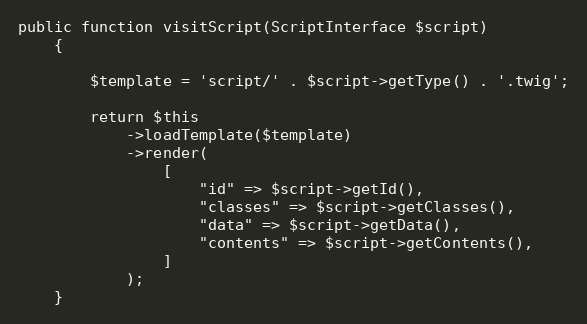
Language: PHP
public function visitScript(ScriptInterface $script)
    {

        $template = 'script/' . $script->getType() . '.twig';

        return $this
            ->loadTemplate($template)
            ->render(
                [
                    "id" => $script->getId(),
                    "classes" => $script->getClasses(),
                    "data" => $script->getData(),
                    "contents" => $script->getContents(),
                ]
            );
    }